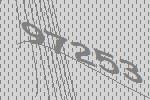
97253